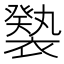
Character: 𧝚